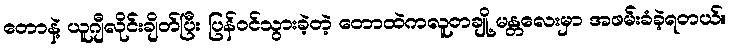
တောနဲ့ ယူဂျီလိုင်းချိတ်ပြီး ပြန်ဝင်သွားခဲ့တဲ့ တောထဲကလူတချို့ မန္တလေးမှာ အဖမ်းခံခဲ့ရတယ်။